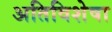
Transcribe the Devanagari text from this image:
अतिविशेषा